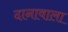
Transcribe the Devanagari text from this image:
दानावाला